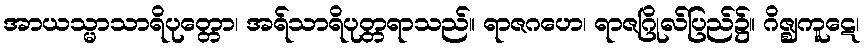
အာယသ္မာသာရိပုတ္တော၊ အရ်သာရိပုတ္တရာသည်။ ရာဇဂဟေ၊ ရာဇဂြိုလ်ပြည်၌။ ဂိဇ္ဈကူဋေ၊